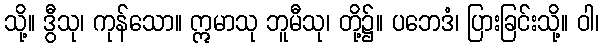
သို့။ ဒွီသု၊ ကုန်သော။ ဣမာသု ဘူမီသု၊ တို့၌။ ပဘေဒံ၊ ပြားခြင်းသို့။ ဝါ၊